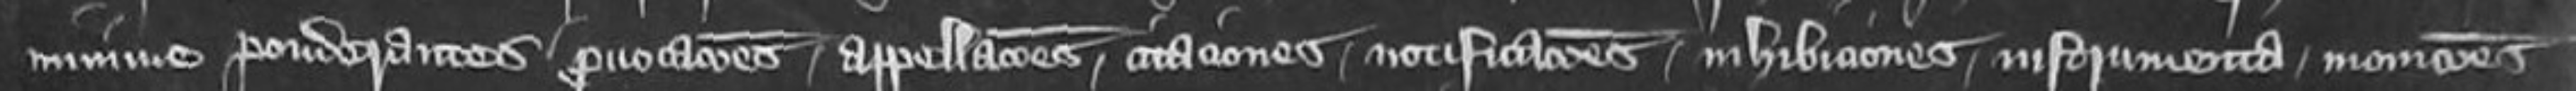
minime ponderantes provocationes appellationes citationes notificationes inhibitiones instrumenta moniciones